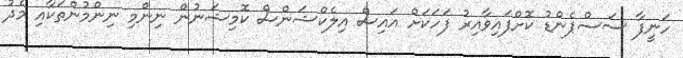
ހަނީފާ ސަސްޕެންޑު ކޮށްފައިވާއިރު ފަހަކަށް އައިސް އިލެކްޝަންސް ކޮމިޝަނުން ނިންމި ނިންމުންތަކާއި މެދު